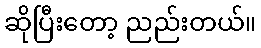
ဆိုပြီးတော့ ညည်းတယ်။